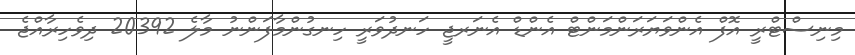
މިނިސްޓްރީ އޮފް އެންވަޔަރަންމަންޓް އެންޑް އެނަރޖީ ހަނދުވަރީ ހިނގުންމާފަންނު މާލެ 20392 ދިވެހިރާއްޖެ